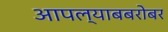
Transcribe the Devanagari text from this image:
आपल्याबबरोबर